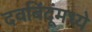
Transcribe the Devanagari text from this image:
दवबिंदूंमध्ये